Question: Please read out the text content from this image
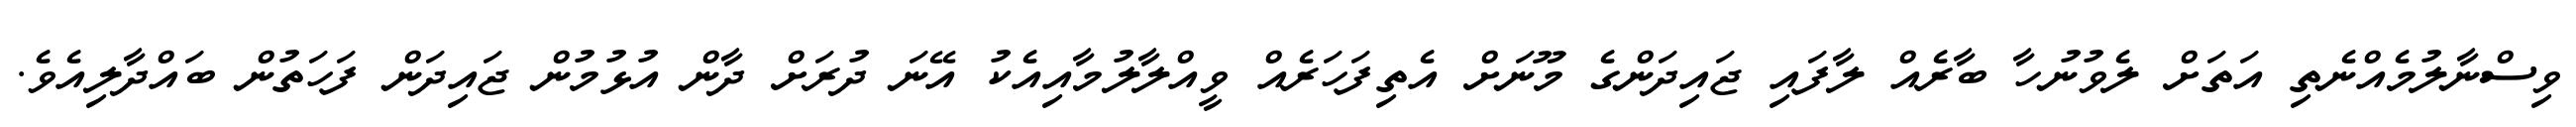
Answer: ވިސްނާލުމެއްނެތި އަތަށް ލެވުނުހާ ބާރެއް ލާފައި ޖައިދަންގެ މޫނަށް އެތިފަހަރެއް ވީއްލާލުމާއިއެކު އޭނަ ދުރަށް ދާން އުޅުމުން ޖައިދަން ފަހަތުން ބައްދާލިއެވެ.